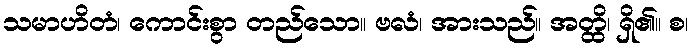
သမာဟိတံ၊ ကောင်းစွာ တည်သော။ ဗလံ၊ အားသည်။ အတ္ထိ၊ ရှိ၏။ စ၊